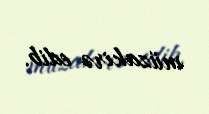
müzakirə edib.